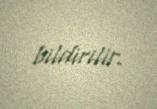
bildirilir.